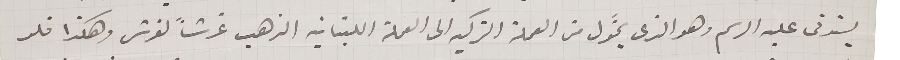
يستوفى عليه الرسم وهو الذى يحوَّل من العملة التركيه الى العملة اللبنانيه الذهب غرشاً لغرش وهكذا فلو